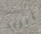
للبريد